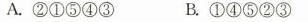
A.②①⑤④③ B.①④⑤②③